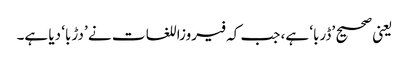
یعنی صحیح ’ڈربا‘ ہے، جب کہ فیروزاللغات نے ’دڑبا‘ دیا ہے۔